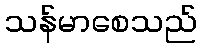
သန်မာစေသည်